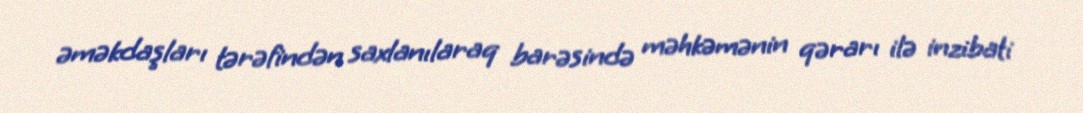
əməkdaşları tərəfindən saxlanılaraq barəsində məhkəmənin qərarı ilə inzibati